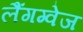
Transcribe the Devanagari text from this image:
लैंगग्वेज